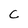
Character: C